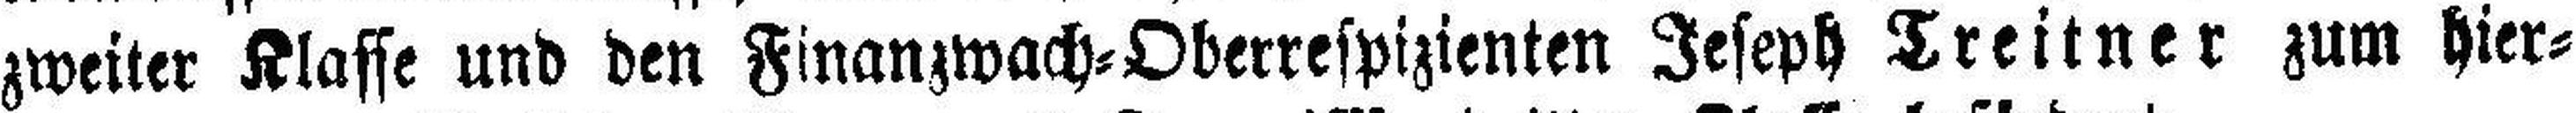
zweiter Klasse und den Finanzwach=Oberrespizienten Jeseph Treitner zum hier¬